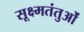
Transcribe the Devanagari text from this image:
सूक्ष्मतंतुओं